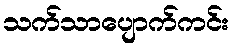
သက်သာပျောက်ကင်း